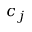
c _ { j }